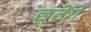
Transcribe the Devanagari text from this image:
छूटेंगे